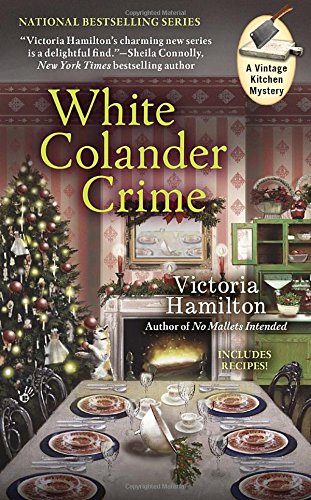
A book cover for White Colander Crime (A Vintage Kitchen Mystery); Victoria Hamilton; Mystery, Thriller & Suspense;